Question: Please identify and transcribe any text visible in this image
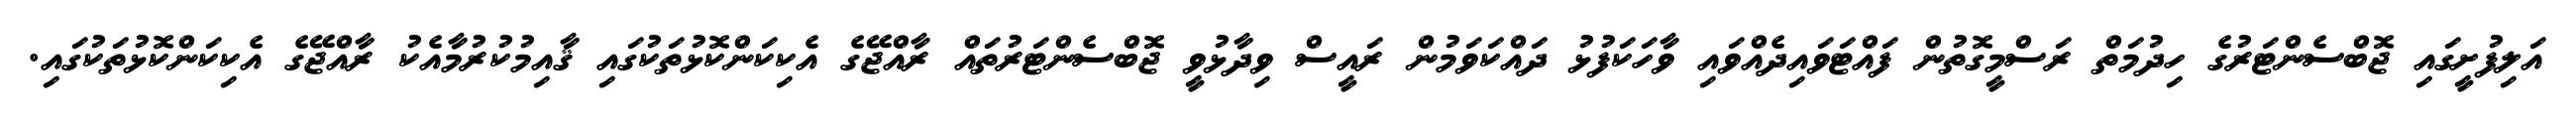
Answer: އަލިފުށީގައި ޖޮބްސެންޓަރުގެ ހިދުމަތް ރަސްމީގޮތުން ފައްޓަވައިދެއްވައި ވާހަކަފުޅު ދައްކަވަމުން ރައީސް ވިދާޅުވީ ޖޮބްސެންޓަރުތައް ރާއްޖޭގެ އެކިކަންކޮޅުތަކުގައި ޤާއިމުކުރުމާއެކު ރާއްޖޭގެ އެކިކަންކޮޅުތަކުގައި.